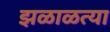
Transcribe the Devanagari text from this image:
झळाळत्या